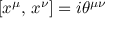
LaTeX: \left[ x ^ { \mu } , \, x ^ { \nu } \right] = i \theta ^ { \mu \nu }